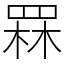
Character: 罧